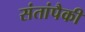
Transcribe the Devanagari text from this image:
संतांपैकी